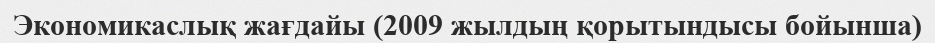
Экономикаслық жағдайы (2009 жылдың қорытындысы бойынша)